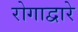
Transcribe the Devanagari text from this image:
रोगाद्वारे